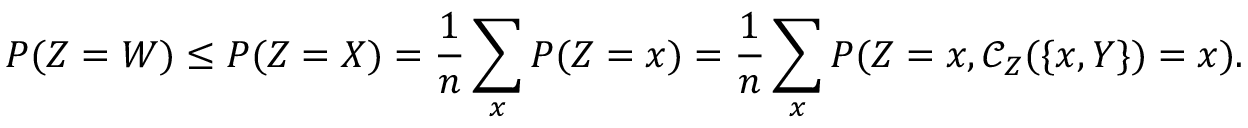
P ( Z = W ) \leq P ( Z = X ) = \frac { 1 } { n } \sum _ { x } P ( Z = x ) = \frac { 1 } { n } \sum _ { x } P ( Z = x , \mathcal { C } _ { Z } ( \{ x , Y \} ) = x ) .